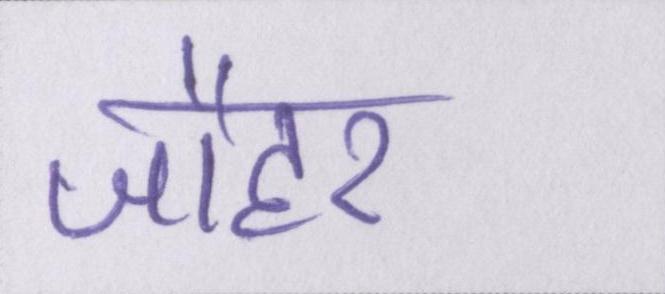
जौहर